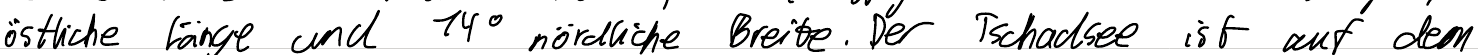
östliche Länge und 14° nördliche Breite. Der Tschadsee ist auf dem